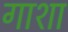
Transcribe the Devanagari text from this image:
गाशा